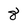
Character: 8